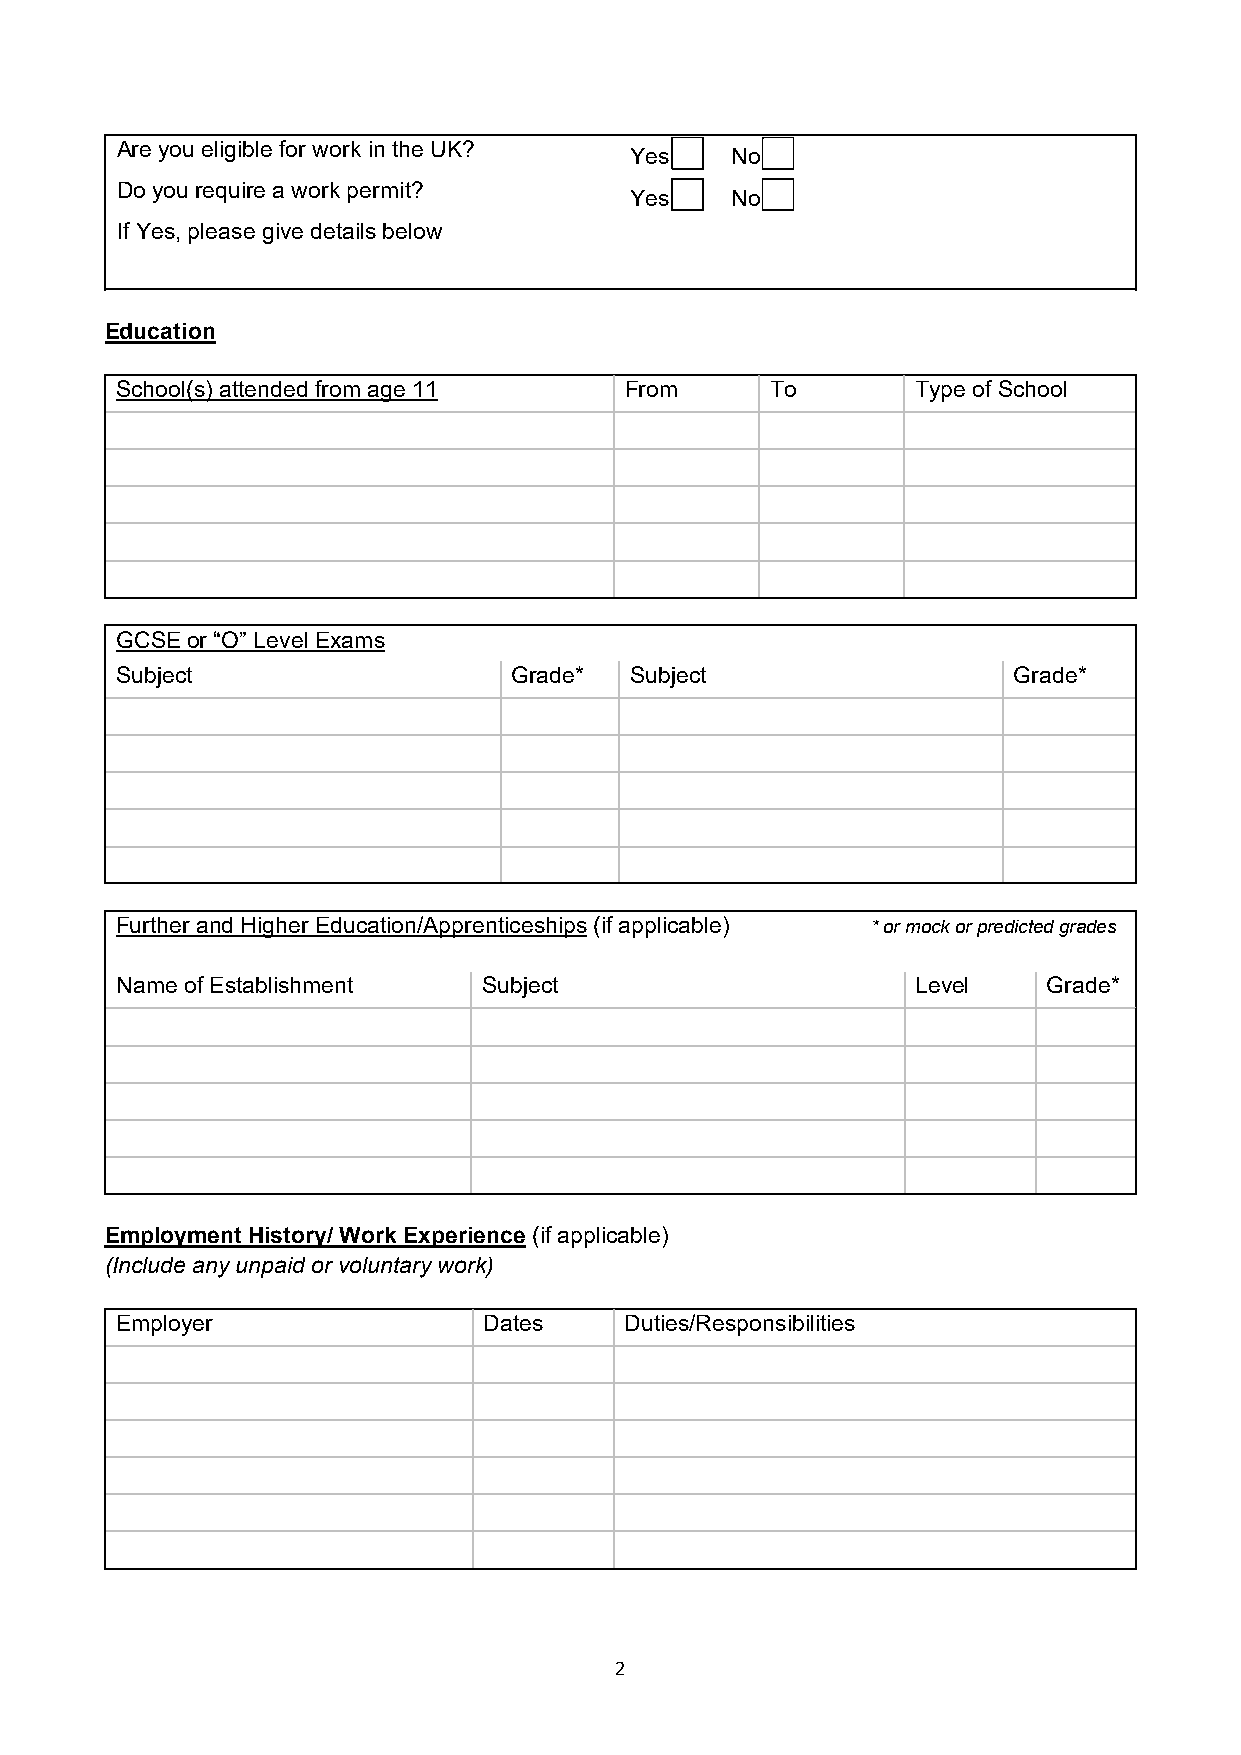
Are you eligible for work in the UK?
 Yes   No
 Do you require a work permit?
 Yes   No
 If Yes, please give details below
 Education
 School(s) attended from age 11   From      To        Type of School
 GCSE or “O” Level Exams
 Subject                   Grade*  Subject                  Grade*
 Further and Higher Education/Apprenticeships (if applicable) * or mock or predicted grades
 Name of Establishment   Subject                      Level   Grade*
 Employment History/ Work Experience (if applicable)
 (Include any unpaid or voluntary work)
 Employer                Dates    Duties/Responsibilities
 2